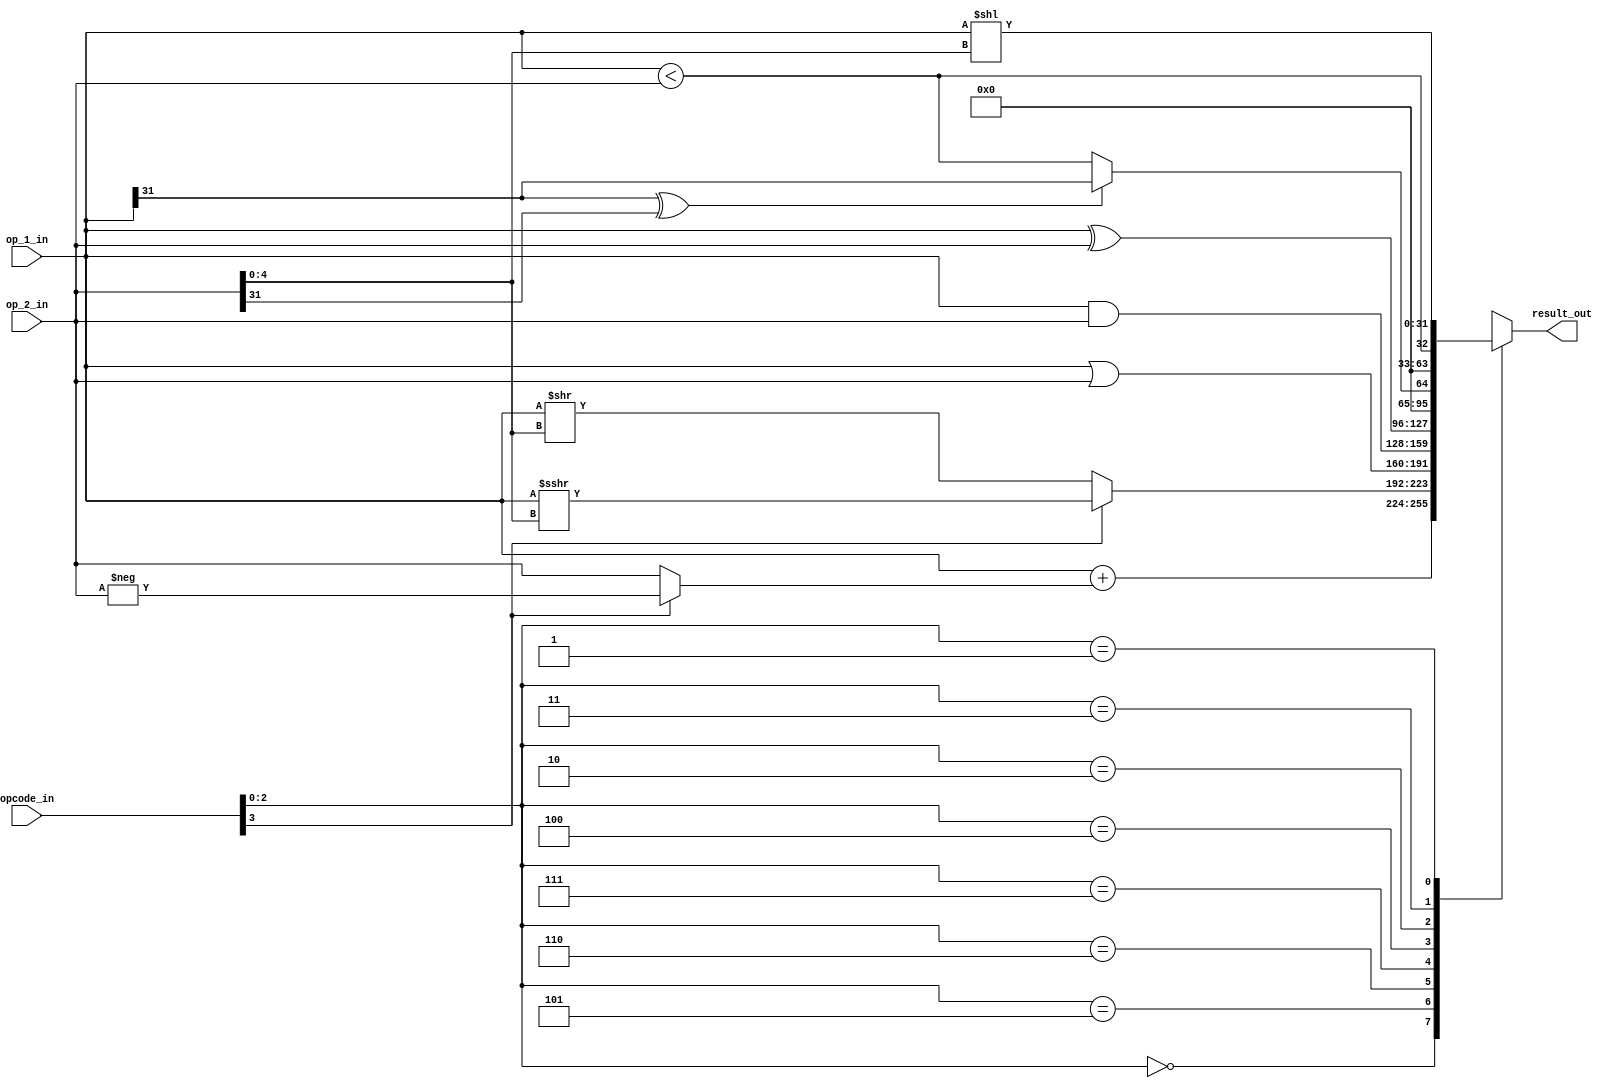
module msrv32_alu(input [31:0] op_1_in,        
                  input [31:0] op_2_in,        
                  input [3:0] opcode_in,      
                  output reg [31:0] result_out 
                 );


   parameter  FUNCT3_ADD      =    3'b000;
   parameter  FUNCT3_SLT      =    3'b010;
   parameter  FUNCT3_SLTU     =    3'b011;
   parameter  FUNCT3_AND      =    3'b111;
   parameter  FUNCT3_OR       =    3'b110;
   parameter  FUNCT3_XOR      =    3'b100;
   parameter  FUNCT3_SLL      =    3'b001;
   parameter  FUNCT3_SRL      =    3'b101;
     
    
   wire signed [31:0] signed_op1;  
   wire signed [31:0] adder_op2;   
   wire [31:0] minus_op2;          
   wire [31:0] sra_result;        
   wire [31:0] srl_result;         
   wire [31:0] shr_result;         
   wire slt_result;               
   wire sltu_result;               
    
   reg [31:0] pre_result;    
    
   assign signed_op1 = op_1_in;
   assign minus_op2 = -op_2_in;
   assign adder_op2 = opcode_in[3] == 1'b1 ? minus_op2 : op_2_in;
   assign sra_result = signed_op1 >>> op_2_in[4:0];
   assign srl_result = op_1_in >> op_2_in[4:0];
   assign shr_result = opcode_in[3] == 1'b1 ? sra_result : srl_result;
   assign sltu_result = op_1_in < op_2_in;
   assign slt_result = op_1_in[31] ^ op_2_in[31] ? op_1_in[31] : sltu_result;


   always @*
   begin
    
      case(opcode_in[2:0])
        
         FUNCT3_ADD  : result_out = op_1_in + adder_op2;
         FUNCT3_SRL  : result_out = shr_result;
         FUNCT3_OR   : result_out = op_1_in | op_2_in;
         FUNCT3_AND  : result_out = op_1_in & op_2_in;            
         FUNCT3_XOR  : result_out = op_1_in ^ op_2_in;
         FUNCT3_SLT  : result_out = {31'b0, slt_result};
         FUNCT3_SLTU : result_out = {31'b0, sltu_result};
         FUNCT3_SLL  : result_out = op_1_in << op_2_in[4:0];
         default     : result_out = 32'b0;

      endcase
    
   end
    
endmodule